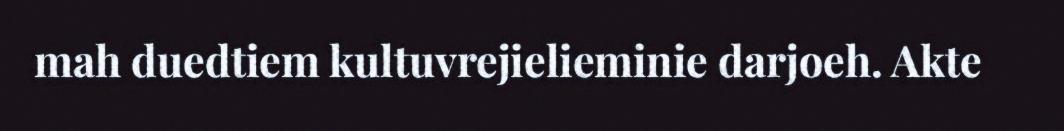
mah duedtiem kultuvrejielieminie darjoeh. Akte